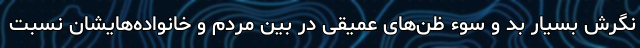
نگرش بسیار بد و سوء ظن‌های عمیقی در بین مردم و خانواده‌هایشان نسبت